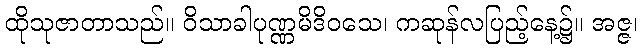
ထိုသုဇာတာသည်။ ဝိသာခါပုဏ္ဏမိဒိဝသေ၊ ကဆုန်လပြည့်နေ့၌။ အဇ္ဇ၊